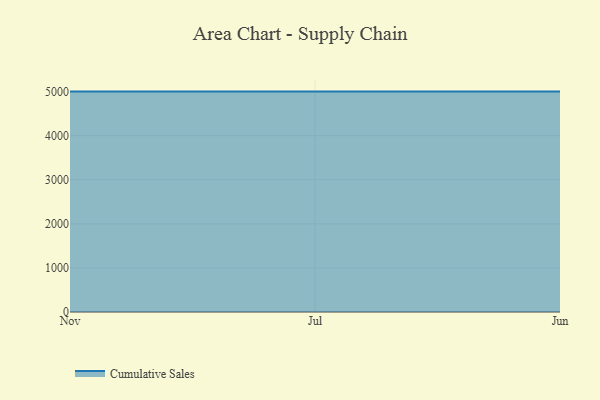
{"axis": {"x": "Month", "y": "Customer Acquisition Cost (USD)"}, "legend": ["Cumulative Sales"], "data": [{"x": "Nov", "y": 5000, "type": "Cumulative Sales"}, {"x": "Jul", "y": 5000, "type": "Cumulative Sales"}, {"x": "Jun", "y": 5000, "type": "Cumulative Sales"}]}